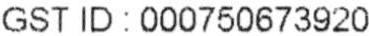
GST ID : 000750673920